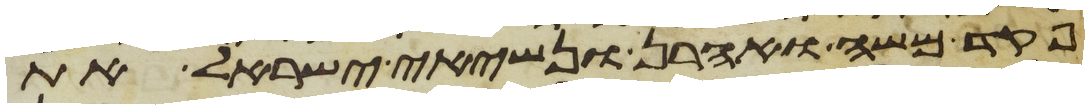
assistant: פקד משה ואהרן ונשיאי ישראל את